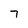
Character: 7